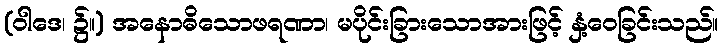
(ဝါဒေ၊ ၌။) အနောဓိသောဖရဏာ၊ မပိုင်းခြားသောအားဖြင့် နှံ့ဝေခြင်းသည်။